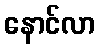
နောင်လာ